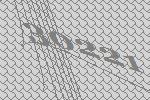
30221